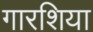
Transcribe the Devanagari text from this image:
गारशिया